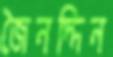
জৈনদ্দিন